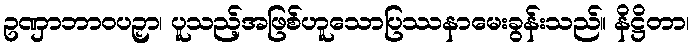
ဥဏှာဘာဝပဉှာ၊ ပူသည့်အဖြစ်ဟူသောပြဿနာမေးခွန်းသည်။ နိဋ္ဌိတာ၊